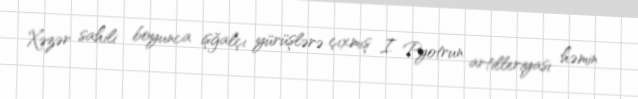
Xəzər sahili boyunca işğalçı yürüşlərə çıxmış I Pyotrun artilleriyası həmin